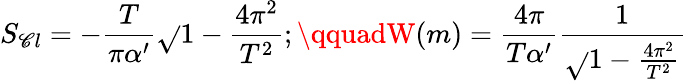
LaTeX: S_{\mathscr{C}l}=-\frac{{T}}{{\pi\alpha^{\prime}}}{\sqrt{}{{1-\frac{{4\pi^{2}}}{{T^{2}}}}}};\qquadW(m)=\frac{{4\pi}}{{T\alpha^{\prime}}}\frac{{1}}{{\sqrt{}{{1-\frac{{4\pi^{2}}}{{T^{2}}}}}}}